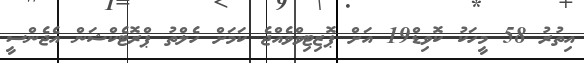
އިތުރު 58 މީހަކު ކޮވިޑް19 އަށް ޕޮޒިޓިވްވެއްޖެ ކަމަށް ހެލްތު ޕްރޮޓެކްޝަން އެޖެންސީ